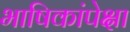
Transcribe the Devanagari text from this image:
भाषिकांपेक्षा